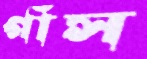
গাঁস